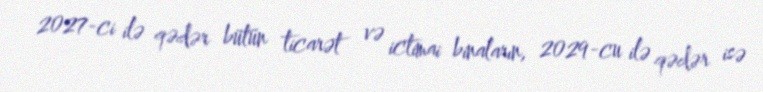
2027-ci ilə qədər bütün ticarət və ictimai binaların, 2029-cu ilə qədər isə